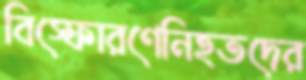
বিস্ফোরণেনিহতদের